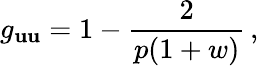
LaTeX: g_{\mathbf{u}\mathbf{u}}=1-\frac{{2}}{{p(1+w)}}\, ,